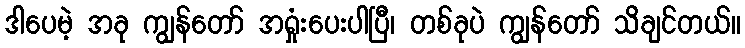
ဒါပေမဲ့ အခု ကျွန်တော် အရှုံးပေးပါပြီ၊ တစ်ခုပဲ ကျွန်တော် သိချင်တယ်။